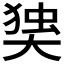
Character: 𰋫